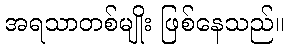
အရသာတစ်မျိုး ဖြစ်နေသည်။